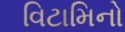
વિટામિનો